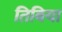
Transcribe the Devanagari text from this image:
तिबिया